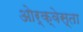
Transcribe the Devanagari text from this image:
ओर्क्वेस्ता